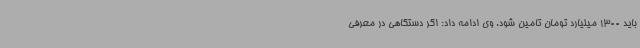
باید 1300 میلیارد تومان تامین شود. وی ادامه داد: اگر دستگاهی در معرفی